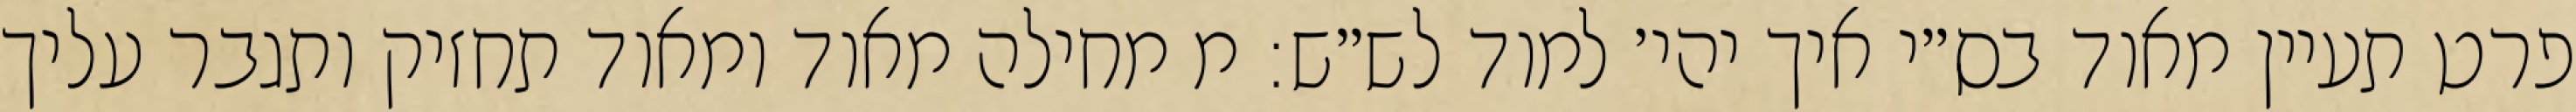
פרט תעיין מאוד בס״י איך יהי׳ למוד לש״ש: מ מחילה מאוד ומאוד תחזיק ותגבר עליך